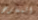
المعارض